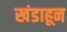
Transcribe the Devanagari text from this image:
खंडाहून